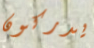
يدركون